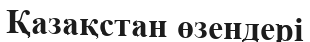
Қазақстан өзендері